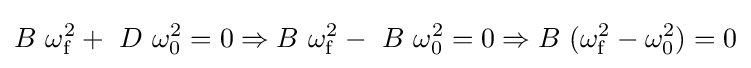
B\ \omega _{\mathrm {f} }^{2}+\ D\ \omega _{0}^{2}=0\Rightarrow B\ \omega _{\mathrm {f} }^{2}-\ B\ \omega _{0}^{2}=0\Rightarrow B\ (\omega _{\mathrm {f} }^{2}-\omega _{0}^{2})=0